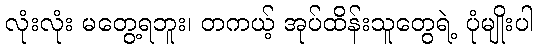
လုံးလုံး မတွေ့ရဘူး၊ တကယ့် အုပ်ထိန်းသူတွေရဲ့ ပုံမျိုးပါ